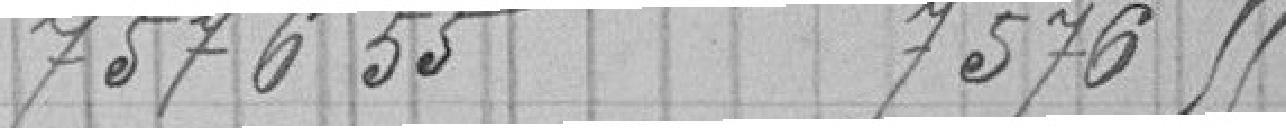
757655        757655